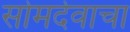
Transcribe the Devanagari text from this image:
सोमदेवाचा